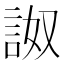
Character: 詉